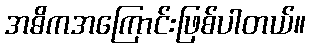
အဓိကအကြောင်းဖြစ်ပါတယ်။